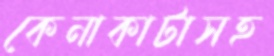
কেনাকাটাসহ